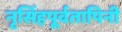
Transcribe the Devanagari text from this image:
नृसिंहपूर्वतापिनी